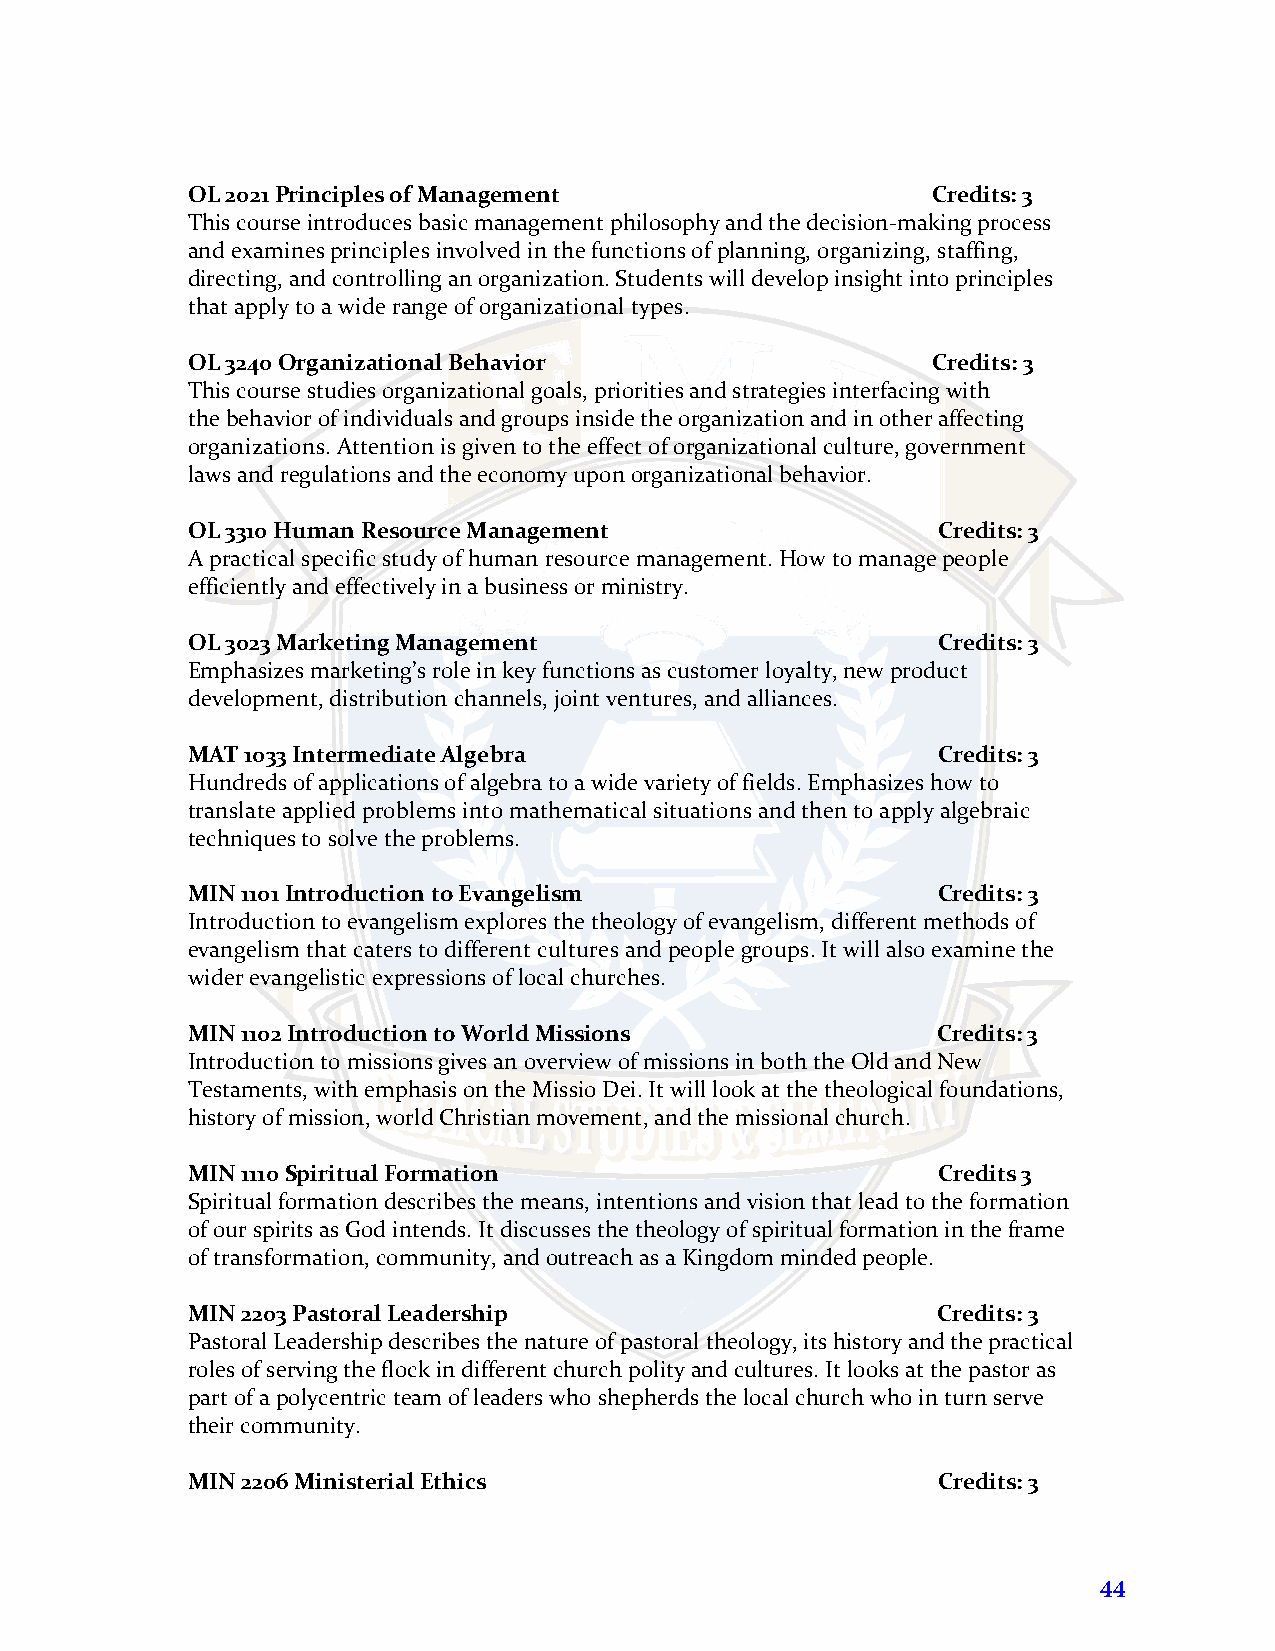
OL 2021 Principles of Management                  Credits: 3
 This course introduces basic management philosophy and the decision-making process
 and examines principles involved in the functions of planning, organizing, staffing,
 directing, and controlling an organization. Students will develop insight into principles
 that apply to a wide range of organizational types.
 OL 3240 Organizational Behavior                   Credits: 3
 This course studies organizational goals, priorities and strategies interfacing with
 the behavior of individuals and groups inside the organization and in other affecting
 organizations. Attention is given to the effect of organizational culture, government
 laws and regulations and the economy upon organizational behavior.
 OL 3310 Human Resource Management                 Credits: 3
 A practical specific study of human resource management. How to manage people
 efficiently and effectively in a business or ministry.
 OL 3023 Marketing Management                      Credits: 3
 Emphasizes marketing’s role in key functions as customer loyalty, new product
 development, distribution channels, joint ventures, and alliances.
 MAT 1033 Intermediate Algebra                     Credits: 3
 Hundreds of applications of algebra to a wide variety of fields. Emphasizes how to
 translate applied problems into mathematical situations and then to apply algebraic
 techniques to solve the problems.
 MIN 1101 Introduction to Evangelism               Credits: 3
 Introduction to evangelism explores the theology of evangelism, different methods of
 evangelism that caters to different cultures and people groups. It will also examine the
 wider evangelistic expressions of local churches.
 MIN 1102 Introduction to World Missions           Credits: 3
 Introduction to missions gives an overview of missions in both the Old and New
 Testaments, with emphasis on the Missio Dei. It will look at the theological foundations,
 history of mission, world Christian movement, and the missional church.
 MIN 1110 Spiritual Formation                      Credits 3
 Spiritual formation describes the means, intentions and vision that lead to the formation
 of our spirits as God intends. It discusses the theology of spiritual formation in the frame
 of transformation, community, and outreach as a Kingdom minded people.
 MIN 2203 Pastoral Leadership                      Credits: 3
 Pastoral Leadership describes the nature of pastoral theology, its history and the practical
 roles of serving the flock in different church polity and cultures. It looks at the pastor as
 part of a polycentric team of leaders who shepherds the local church who in turn serve
 their community.
 MIN 2206 Ministerial Ethics                       Credits: 3
 44